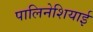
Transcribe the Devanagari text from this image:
पालिनेशियाई